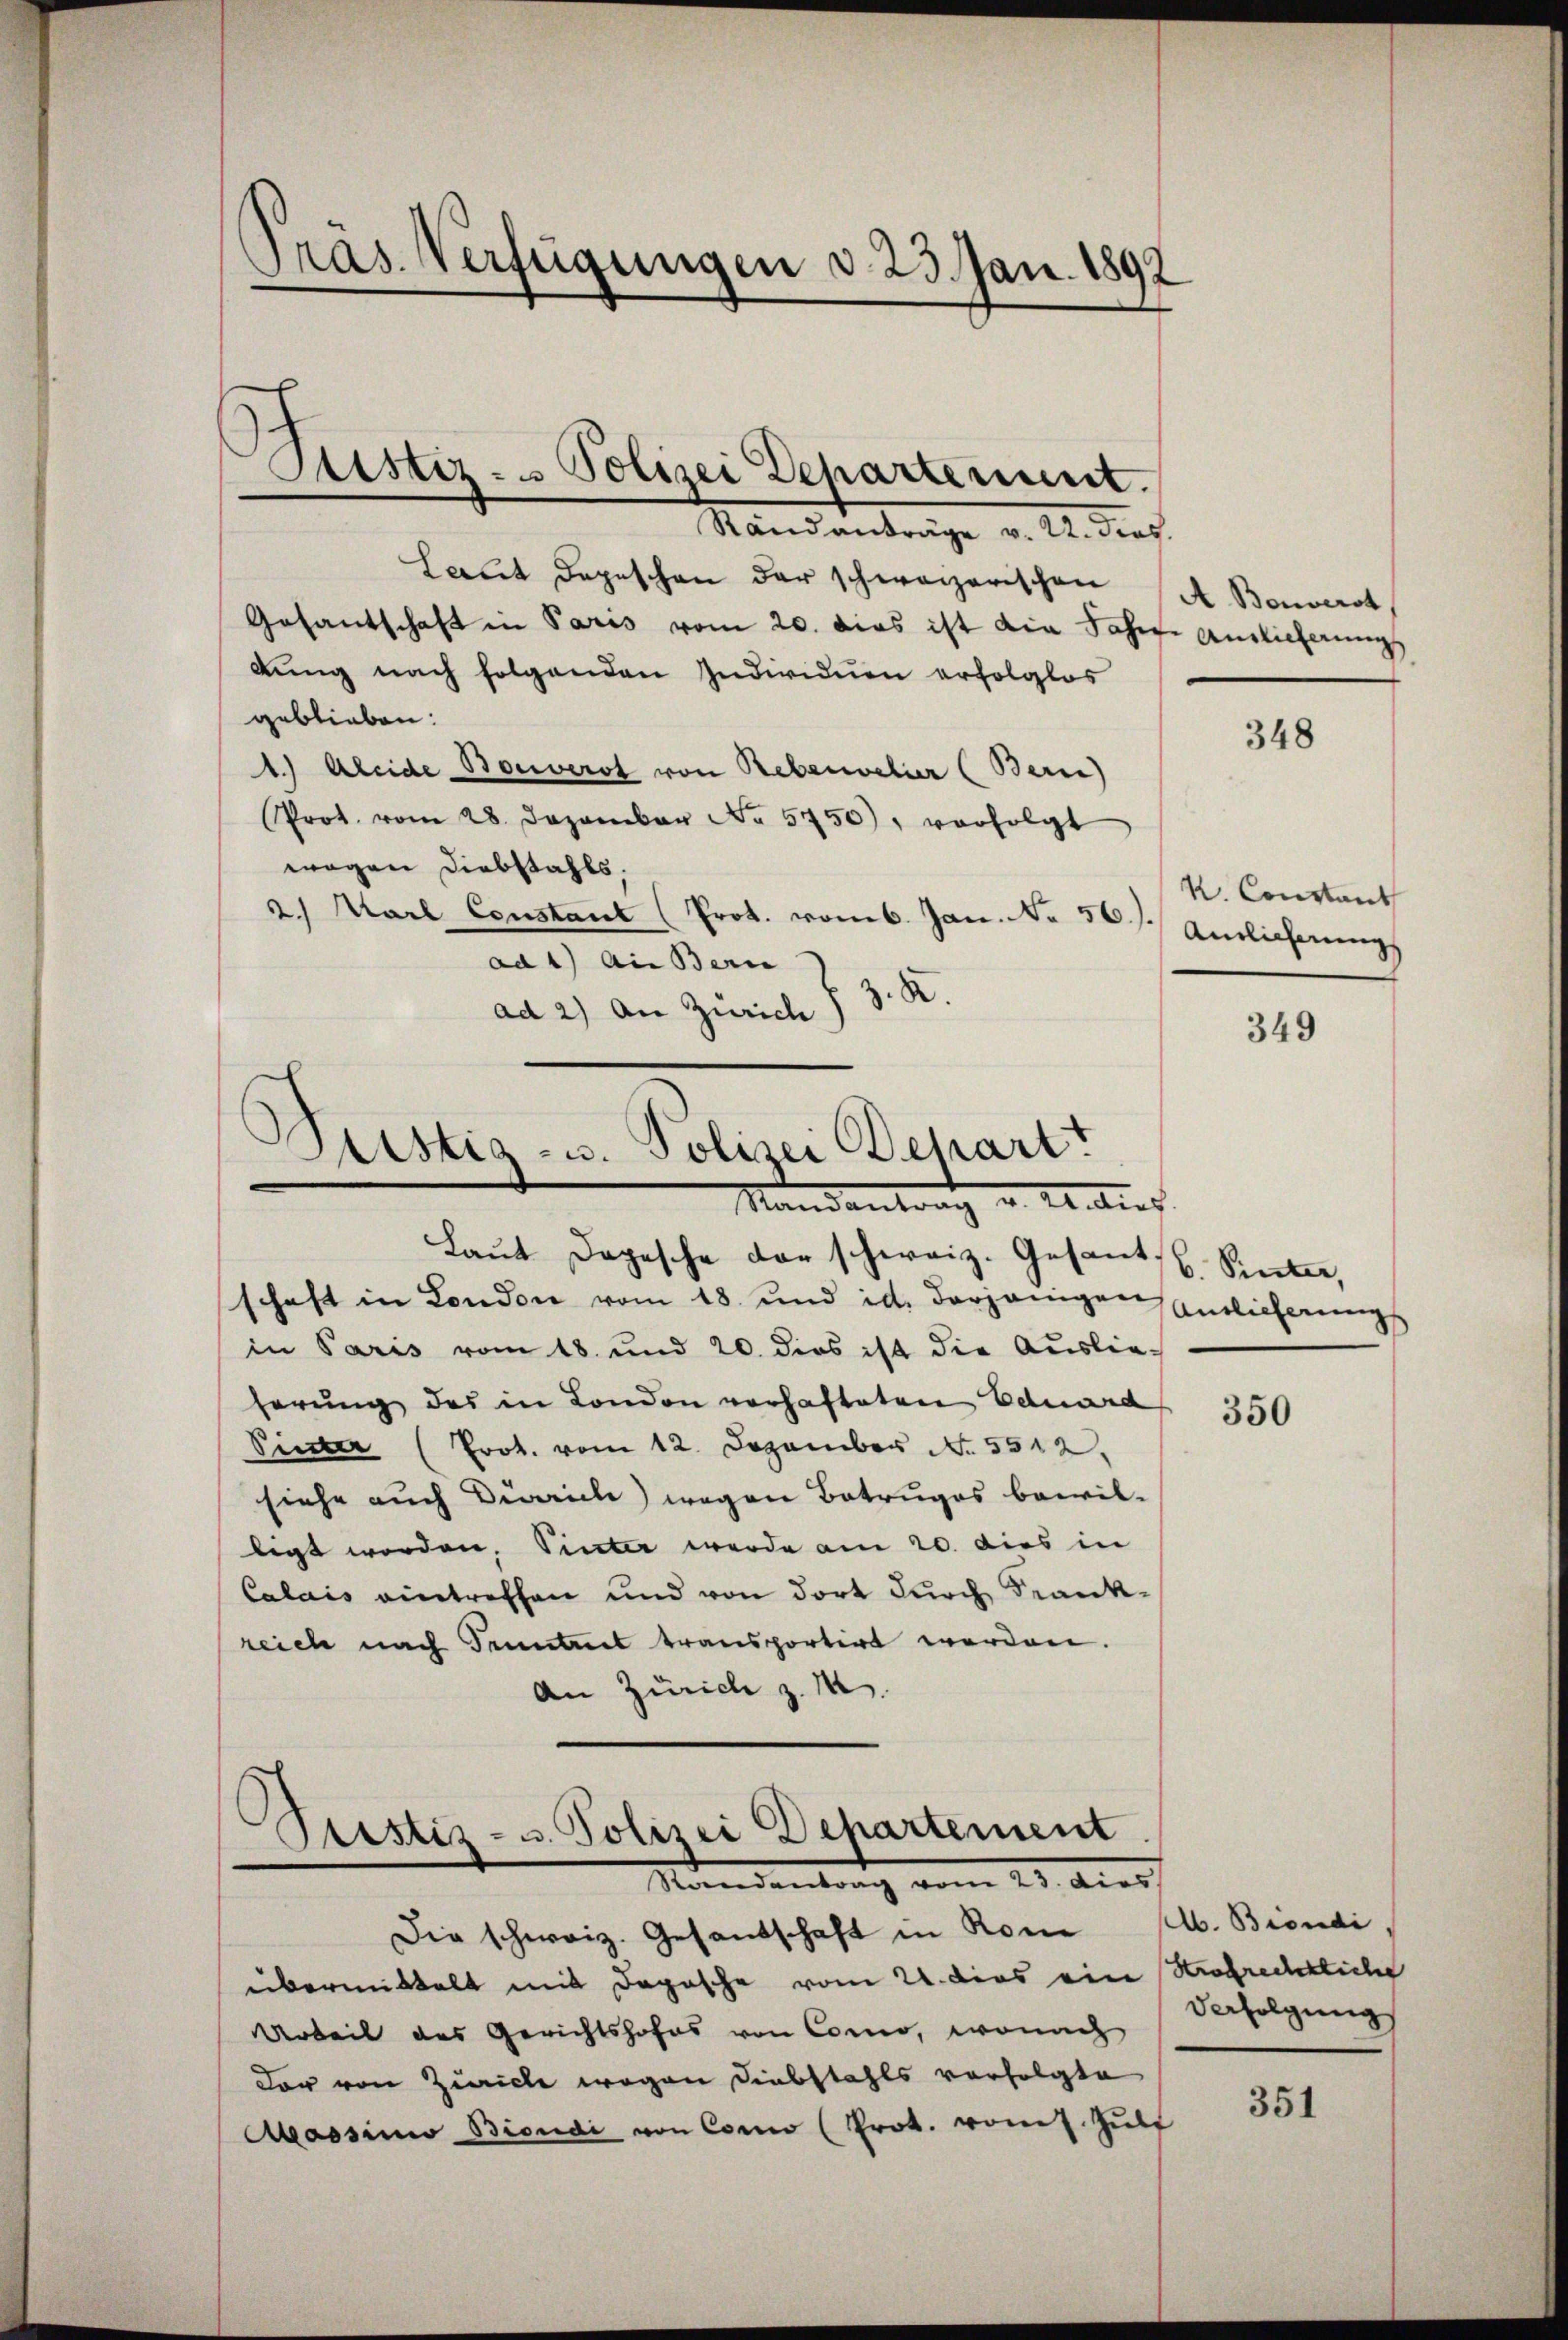
Pras. Verfügungen d. 23. Jan. 1892

Justiz- u Polizei Departement.

Randanträge v. 22. dies
Laut Depeschen der schweizerischen
Gesantschaft in Paris vom 20. dies ist die Jahre Auslicherung
dung nach folgenden Individuen erfolglos
geblieben:
1.) Aleide Bouverst von Rebenvelier (Bern)
Prot. vom 28. Dezember No. 5750), verfolgt
wögen Diebstahls,
2.) Karl Constant (Prot. vom 6. Jan. No 56).
Antlicherung
ad 1) Außern
z. X.
ad 2) An Zürich)
349

3
Justiz- u. Polizei Behart
Standentrath u. Antref

Laŭt Depesche der schweiz. Gesant.
schaft in London vom 18. und d. derjenigen
in Paris vom 18. und 20. dies ist die Auslieherung des in London vorhafteten Eduard
Pinter (Prot. vom 12. Dezember No. 5512.
siehe auch Dirich) wegen Betruges bewil-
ligt worden, Pinter werde am 20. dies in
Calais eintreffen und von dort durch Krankreich nach Truntreet transportirt werden.
An Zürich z. M

¬
Pristis- u. Polizei Dehartement
Standentrag vom 23. dies

Die schweiz. Gesandschaft in Rone (lb. Biondi
übermittelt mit Depesche vom 21. dies eine Strafrechtliche
Arbeit des Gerichtshofes von Como, wonach
dar von Zürich wegen Diebstahls verfolgte
Massinio Bioudi von Como (Prot. vons. Gült

A Bonverst

348

K. Constant

6. Sinter,
Antlicherungs

350

derfolgung

351